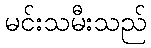
မင်းသမီးသည်